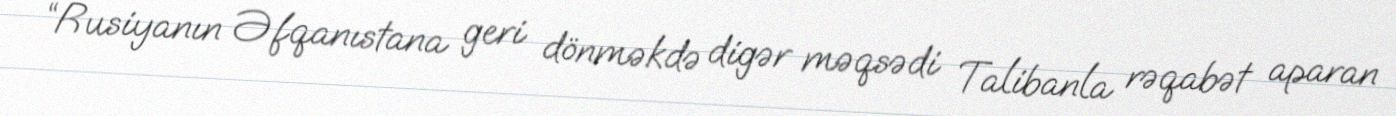
“Rusiyanın Əfqanıstana geri dönməkdə digər məqsədi Talibanla rəqabət aparan